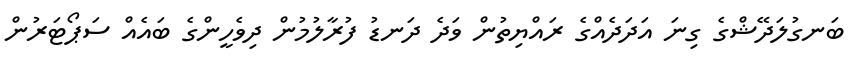
ބަނގުލަދޭޝްގެ ގިނަ އަދަދެއްގެ ރައްޔިތުން ވަދެ ދަނޑު ފުރާލުމުން ދިވެހީންގެ ބައެއް ސަޕޯޓަރުން